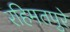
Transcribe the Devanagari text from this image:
रहिमतपुरे